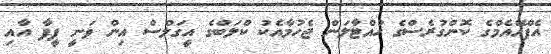
އެފްއޭއެމްގެ ކޮންގުރެސްގެ ހުއްޓާލަން ޖެހުމާއެކު ކްލަބްގެ އީގަލްސް އިން ވަނީ ފީފާ އާއި